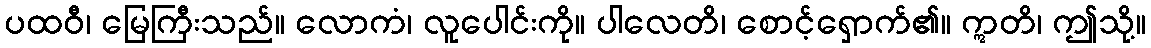
ပထဝီ၊ မြေကြီးသည်။ လောကံ၊ လူပေါင်းကို။ ပါလေတိ၊ စောင့်ရှောက်၏။ ဣတိ၊ ဤသို့။